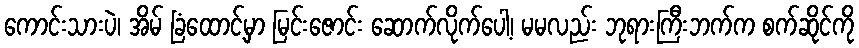
ကောင်းသားပဲ၊ အိမ် ခြံထောင့်မှာ မြင်းဇောင်း ဆောက်လိုက်ပေါ့၊ မမလည်း ဘုရားကြီးဘက်က စက်ဆိုင်ကို